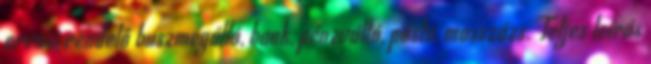
orvosi rendelő buszmegálló, bank, pénzváltó, posta, masszázs. Teljes leírás